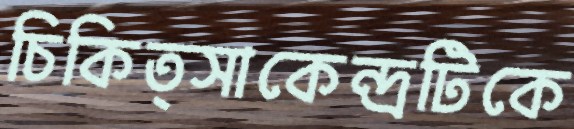
চিকিত্সাকেন্দ্রটিকে